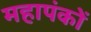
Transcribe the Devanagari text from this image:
महापंकों